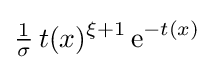
{\tfrac {1}{\sigma }}\,t(x)^{\xi +1}\,\mathrm {e} ^{-t(x)}